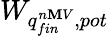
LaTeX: W_{q_{fin}^{n\mathbf{M}V},pot}